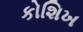
કોશિખ